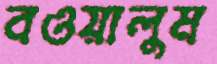
বওয়ালুম